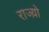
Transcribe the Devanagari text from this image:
राज्य़ो